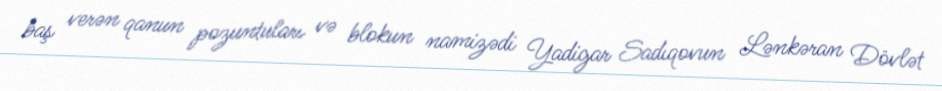
baş verən qanun pozuntuları və blokun namizədi Yadigar Sadıqovun Lənkəran Dövlət